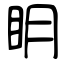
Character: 眀